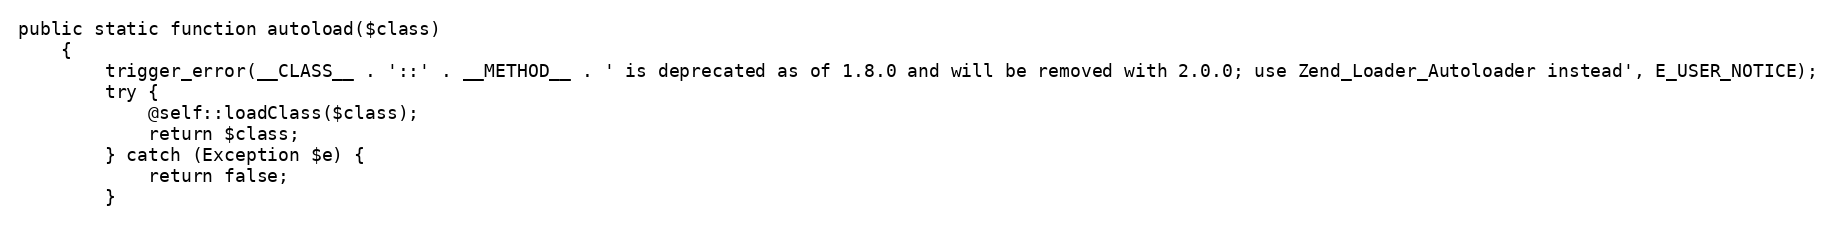
Language: PHP
public static function autoload($class)
    {
        trigger_error(__CLASS__ . '::' . __METHOD__ . ' is deprecated as of 1.8.0 and will be removed with 2.0.0; use Zend_Loader_Autoloader instead', E_USER_NOTICE);
        try {
            @self::loadClass($class);
            return $class;
        } catch (Exception $e) {
            return false;
        }